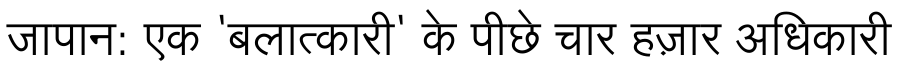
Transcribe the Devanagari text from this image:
जापान: एक 'बलात्कारी' के पीछे चार हज़ार अधिकारी